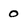
Character: 0